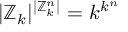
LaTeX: | \mathbb { Z } _ { k } | ^ { | \mathbb { Z } _ { k } ^ { n } | } = k ^ { k ^ { n } }